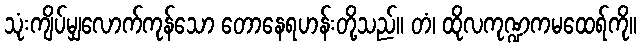
သုံးကျိပ်မျှလောက်ကုန်သော တောနေရဟန်းတို့သည်။ တံ၊ ထိုလကုဏ္ဍကမထေရ်ကို။